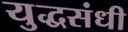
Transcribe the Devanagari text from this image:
युद्धसंधी